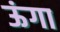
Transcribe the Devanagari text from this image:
ऊंगा